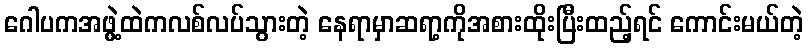
ဂေါပကအဖွဲ့ထဲကလစ်လပ်သွားတဲ့ နေရာမှာဆရာ့ကိုအစားထိုးပြီးထည့်ရင် ကောင်းမယ်တဲ့